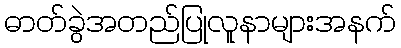
ဓာတ်ခွဲအတည်ပြုလူနာများအနက်